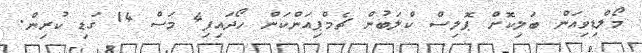
މޯލްޑިވިއަން ބަލިކޮށް ޕޮލިސް ކްލަބުން ޗެމްޕިއަންކަން ހޯދައިފި4 މަސް 14 ގަޑި ކުރިން.